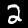
Label: 2